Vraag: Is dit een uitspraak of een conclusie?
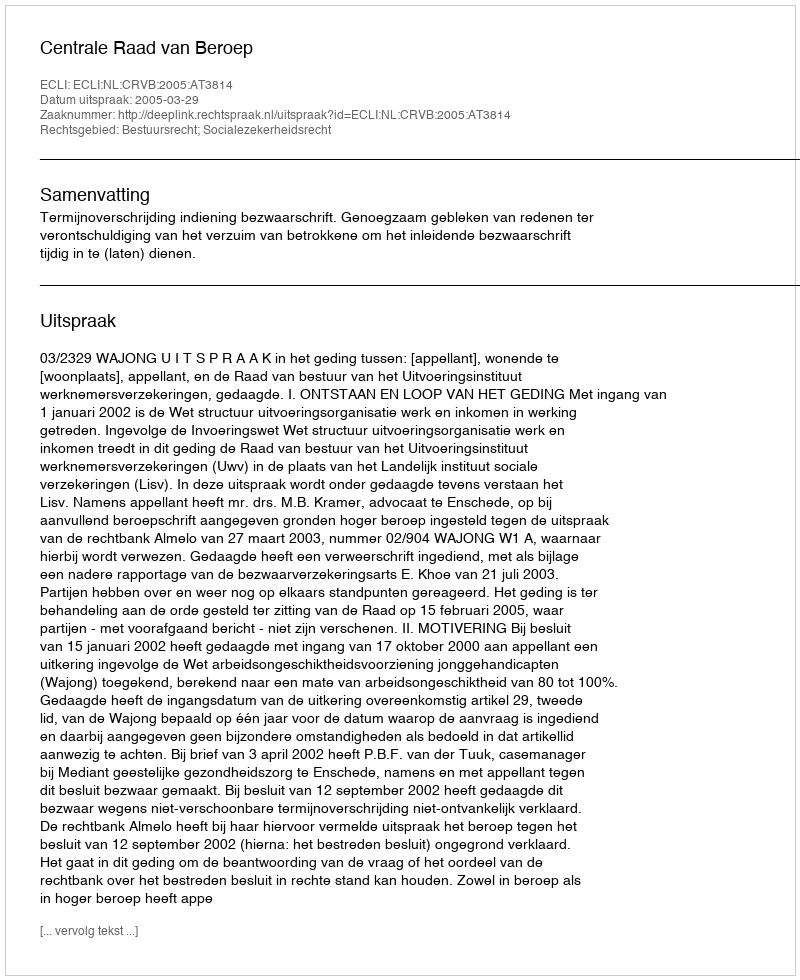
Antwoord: Uitspraak